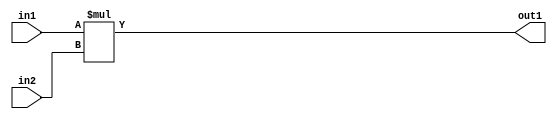
`timescale 1ps / 1ps
/*****************************************************************************
    Verilog RTL Description
    
    
    Created by: Stratus DpOpt 21.05.01 
*******************************************************************************/

module SobelFilter_Mul_32Ux32U_33U_1 (
	in2,
	in1,
	out1
	); /* architecture "behavioural" */ 
input [31:0] in2,
	in1;
output [32:0] out1;
wire [32:0] asc001;

assign asc001 = 
	+(in1 * in2);

assign out1 = asc001;
endmodule

/* CADENCE  urnxTQk= : u9/ySxbfrwZIxEzHVQQV8Q== ** DO NOT EDIT THIS LINE ******/